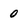
Character: 0